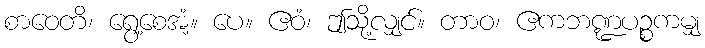
စာဝေတိ၊ ရွေ့စေအံ့။ ပေ။ ဧဝံ၊ ဤသို့လျှင်။ တာဝ၊ ဧကဘဏ္ဍပဉ္စကမျှ